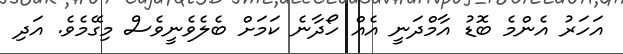
އަހަރު އެންމެ ބޮޑު އާމްދަނީ އެއް ހޯދާނެ ކަމަށް ބެލެވެނީވެސް މިގޭމެވެ. އަދި